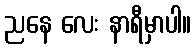
ညနေ လေး နာရီမှာပါ။